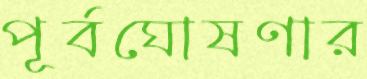
পূর্বঘোষণার